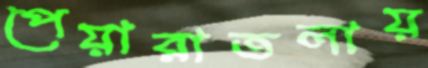
পেয়ারাতলায়